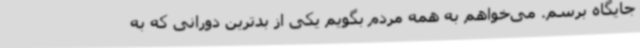
جایگاه برسم. می‌خواهم به همه مردم بگویم یکی از بدترین دورانی که به